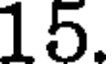
15.